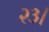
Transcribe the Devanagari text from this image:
२३।